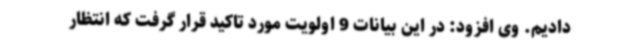
دادیم. وی افزود: در این بیانات 9 اولویت مورد تاکید قرار گرفت که انتظار